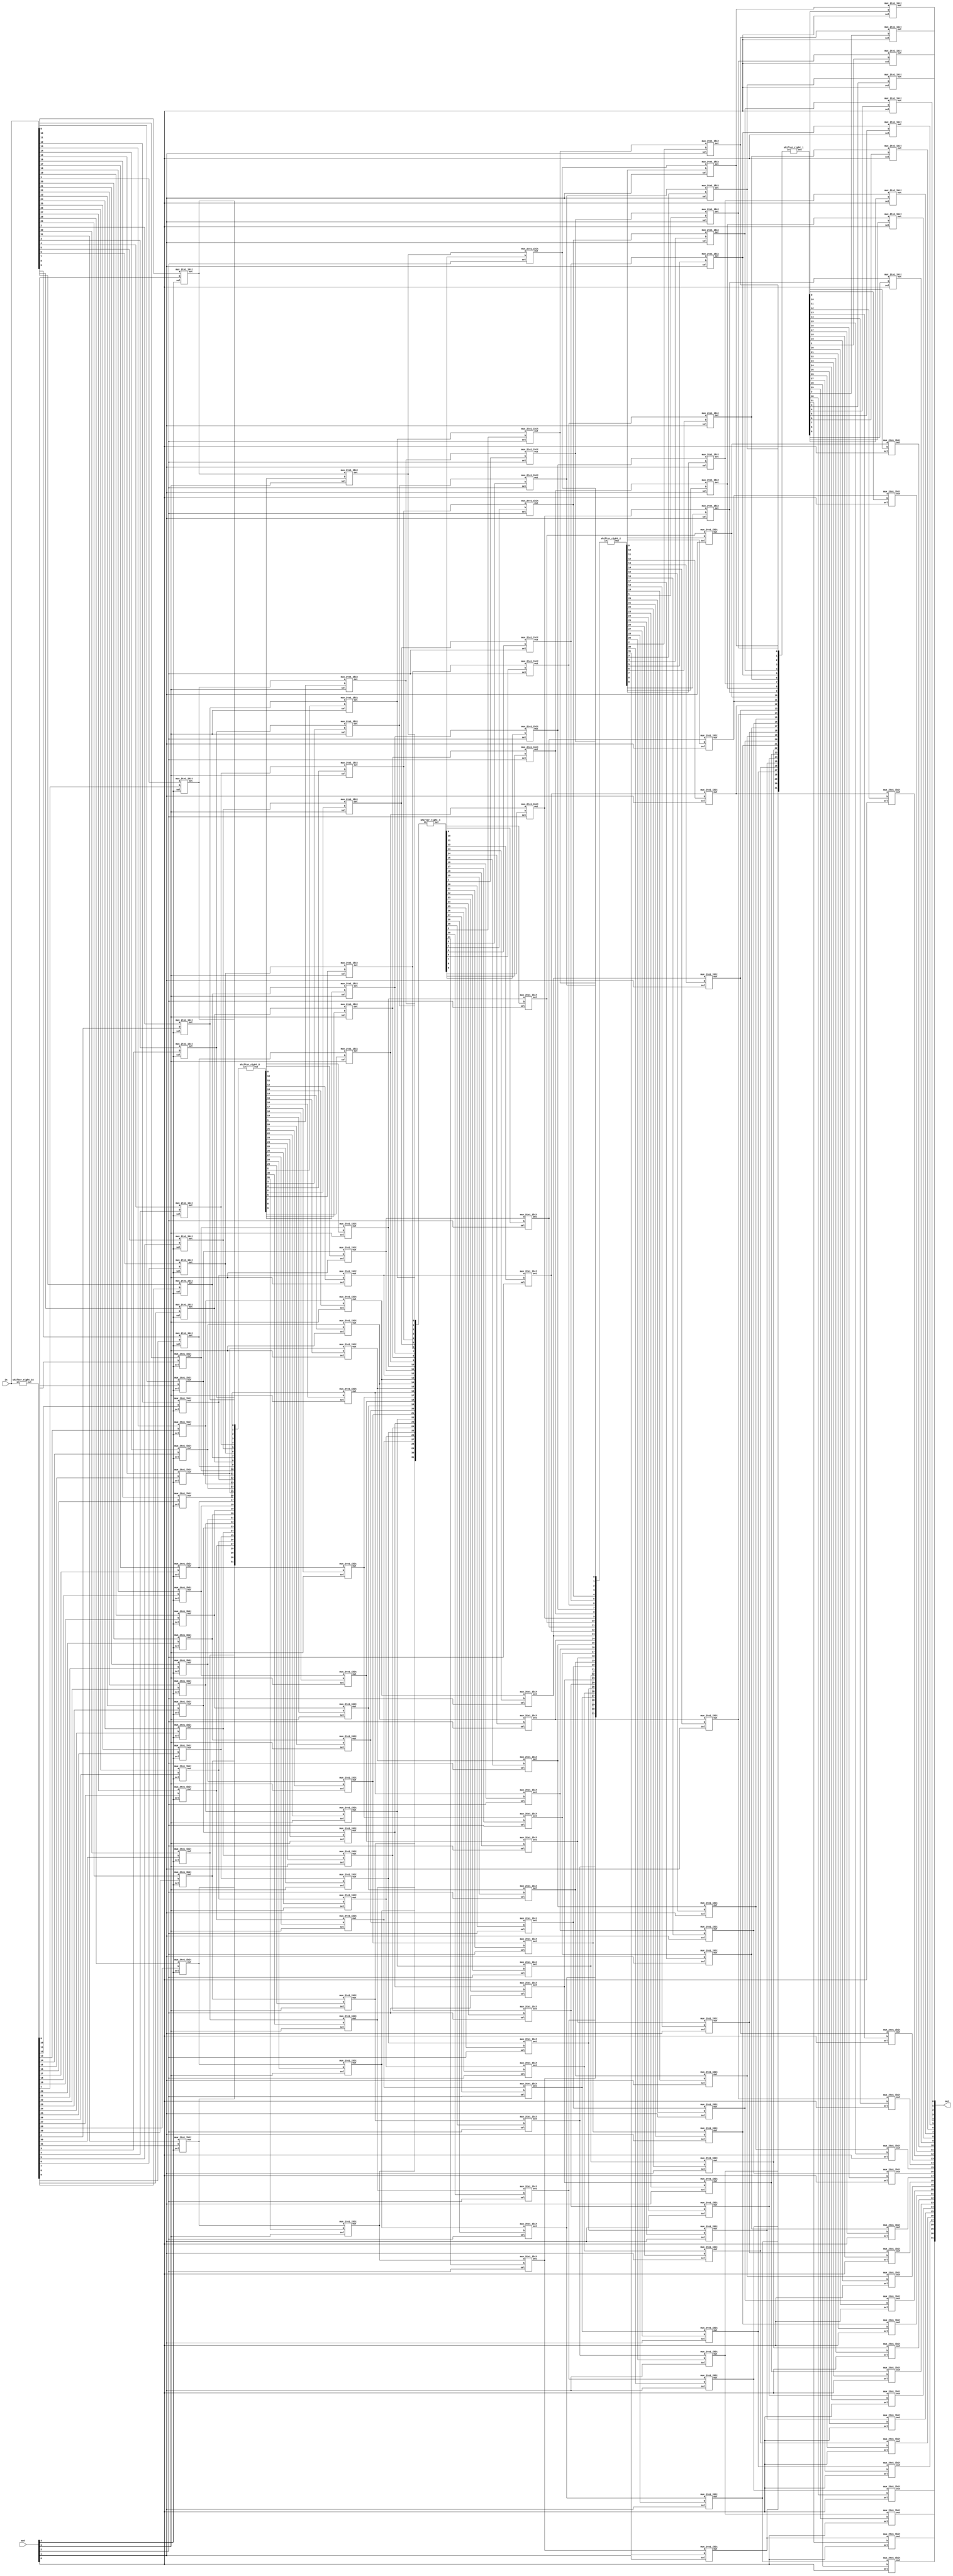
module sra(in, amt, out);
	
	input [31:0] in;
	input [4:0] amt;
	output [31:0] out;
	
	wire [31:0] t0, t1, t2, t3, t4, t5, t6, t7, t8;
	
	shifter_right_16 sixteen(in, t0);
	genvar i0;
	generate
		for (i0=0;i0<32;i0=i0+1) begin: mux0
		 mux_2to1_1bit mux0(in[i0], t0[i0], amt[4], t1[i0]);
		end
	endgenerate
	
	
	//mux_2to1_32bit mux0(in, t0, amt[4], t1);
	
	shifter_right_8 eight(t1, t2);
	genvar i1;
	generate
		for (i1=0;i1<32;i1=i1+1) begin: mux1
		 mux_2to1_1bit mux1(t1[i1], t2[i1], amt[3], t3[i1]);
		end
	endgenerate
	//mux_2to1_32bit mux1(t1, t2, amt[3], t3);
	
	shifter_right_4 four(t3, t4);
	genvar i2;
	generate
		for (i2=0;i2<32;i2=i2+1) begin: mux2
		 mux_2to1_1bit mux2(t3[i2], t4[i2], amt[2], t5[i2]);
		end
	endgenerate
	//mux_2to1_32bit mux2(t3, t4, amt[2], t5);
	
	shifter_right_2 two(t5, t6);
	genvar i3;
	generate
		for (i3=0;i3<32;i3=i3+1) begin: mux3
		 mux_2to1_1bit mux3(t5[i3], t6[i3], amt[1], t7[i3]);
		end
	endgenerate
	//mux_2to1_32bit mux3(t5, t6, amt[1], t7);
	
	shifter_right_1 one(t7, t8);
	genvar i4;
	generate
		for (i4=0;i4<32;i4=i4+1) begin: mux4
		 mux_2to1_1bit mux4(t7[i4], t8[i4], amt[0], out[i4]);
		end
	endgenerate
	//mux_2to1_32bit mux4(t7, t8, amt[0], out);
	
endmodule

module shifter_right_1(in, out);
	input [31:0] in;
	output [31:0] out;
	
	genvar i;
	generate
		for (i=0; i<31; i=i+1) begin: mux0
			assign out[i] = in[i+1];
		end
	endgenerate
	
	genvar j;
	generate
		for (j=31; j<32; j=j+1) begin: mux1
			assign out[j] = in[31];
		end
	endgenerate
	
endmodule

module shifter_right_2(in, out);
	input [31:0] in;
	output [31:0] out;
	
	genvar i;
	generate
		for (i=0; i<30; i=i+1) begin: mux0
			assign out[i] = in[i+2];
		end
	endgenerate
	
	genvar j;
	generate
		for (j=30; j<32; j=j+1) begin: mux1
			assign out[j] = in[31];
		end
	endgenerate

endmodule

module shifter_right_4(in, out);
	input [31:0] in;
	output [31:0] out;
	
	genvar i;
	generate
		for (i=0; i<28; i=i+1) begin: mux0
			assign out[i] = in[i+4];
		end
	endgenerate
	
	genvar j;
	generate
		for (j=28; j<32; j=j+1) begin: mux1
			assign out[j] = in[31];
		end
	endgenerate

endmodule

module shifter_right_8(in, out);
	input [31:0] in;
	output [31:0] out;
	
	genvar i;
	generate
		for (i=0; i<24; i=i+1) begin: mux0
			assign out[i] = in[i+8];
		end
	endgenerate
	
	genvar j;
	generate
		for (j=24; j<32; j=j+1) begin: mux1
			assign out[j] = in[31];
		end
	endgenerate

endmodule

module shifter_right_16(in, out);
	input [31:0] in;
	output [31:0] out;
	
	genvar i;
	generate
		for (i=0; i<16; i=i+1) begin: mux0
			assign out[i] = in[i+16];
		end
	endgenerate
	
	genvar j;
	generate
		for (j=16; j<32; j=j+1) begin: mux1
			assign out[j] = in[31];
		end
	endgenerate

endmodule

module mux_2to1_1bit(a, b, sel, out);
	
	input a, b, sel;
	output out;
	
	wire nsel, t0, t1;
	not not0(nsel, sel);
	
	and and0(t0, nsel, a);
	and and1(t1, sel, b);
	or or0(out, t0, t1);
	
endmodule